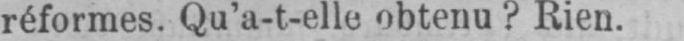
réformes. Qu’a-t-elle obtenu? Rien.